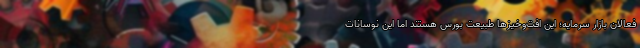
فعالان بازار سرمایه؛ این افت‌وخیزها طبیعت بورس هستند اما این نوسانات